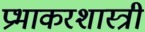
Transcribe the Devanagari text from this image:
प्रभाकरशास्त्री